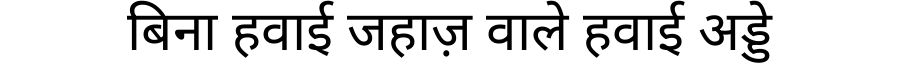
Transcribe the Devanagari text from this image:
बिना हवाई जहाज़ वाले हवाई अड्डे